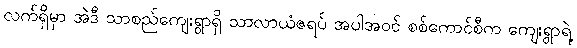
လက်ရှိမှာ အဲဒီ သာစည်ကျေးရွာရှိ သာလာယံဇရပ် အပါအဝင် စစ်ကောင်စီက ကျေးရွာရဲ့